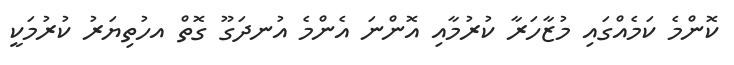
ކޮންމެ ކަމެއްގައި މުޒާހަރާ ކުރުމާއި އޮންނަ އެންމެ އުނދަގޫ ގޮތް އހުތިޔަރު ކުރުމަކީ